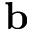
{ \bf b }